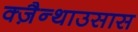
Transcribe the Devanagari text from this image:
क्ज़ैन्थाउसास